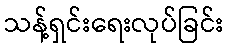
သန့်ရှင်းရေးလုပ်ခြင်း